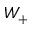
W _ { + }